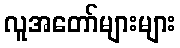
လူအတော်များများ